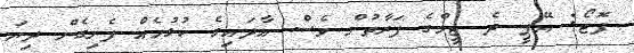
ފޮޓޯ: އޭޕީ ދެ ޓީމްގެ ފަރާތުން ވެސް އާދައިގެ ކުޅުމެއް ފެނިގެން ދިޔަ